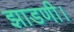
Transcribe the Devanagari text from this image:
झाडणी।